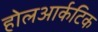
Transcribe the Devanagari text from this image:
होलआर्कटिक